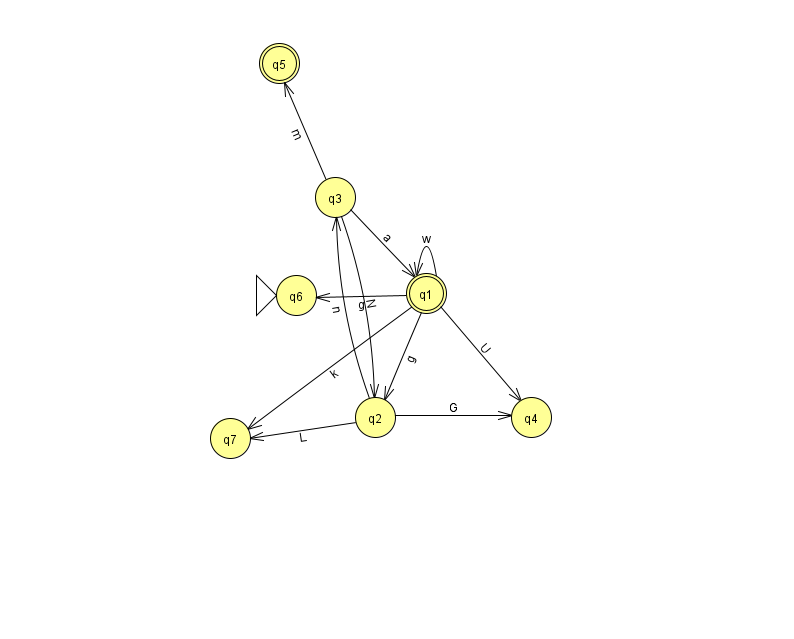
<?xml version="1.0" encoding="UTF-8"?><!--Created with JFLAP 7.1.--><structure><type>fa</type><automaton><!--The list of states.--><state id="1" name="q1"><x>426.0</x><y>280.0</y><final/></state><state id="2" name="q2"><x>375.0</x><y>404.0</y></state><state id="3" name="q3"><x>335.0</x><y>184.0</y></state><state id="4" name="q4"><x>531.0</x><y>404.0</y></state><state id="5" name="q5"><x>279.0</x><y>50.0</y><final/></state><state id="6" name="q6"><x>296.0</x><y>282.0</y><initial/></state><state id="7" name="q7"><x>230.0</x><y>425.0</y></state><!--The list of transitions.--><transition><from>1</from><to>4</to><read>U</read></transition><transition><from>2</from><to>7</to><read>L</read></transition><transition><from>1</from><to>1</to><read>w</read></transition><transition><from>3</from><to>5</to><read>m</read></transition><transition><from>1</from><to>7</to><read>k</read></transition><transition><from>3</from><to>1</to><read>a</read></transition><transition><from>1</from><to>2</to><read>g</read></transition><transition><from>2</from><to>4</to><read>G</read></transition><transition><from>1</from><to>6</to><read>g</read></transition><transition><from>2</from><to>3</to><read>n</read></transition><transition><from>3</from><to>2</to><read>N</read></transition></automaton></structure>